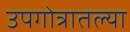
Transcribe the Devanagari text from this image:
उपगोत्रातल्या